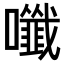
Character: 𡄑